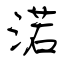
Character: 渃